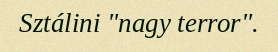
Sztálini "nagy terror".